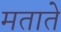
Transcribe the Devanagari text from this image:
मताते